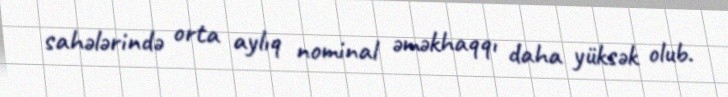
sahələrində orta aylıq nominal əməkhaqqı daha yüksək olub.